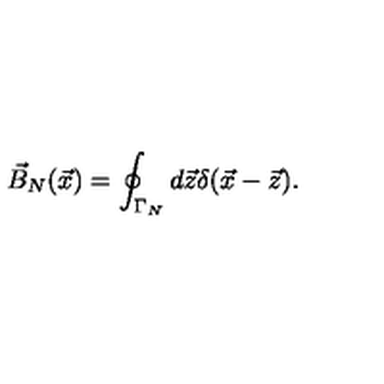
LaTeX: \vec { B } _ { N } ( \vec { x } ) = \oint _ { \Gamma _ { N } } d \vec { z } \delta ( \vec { x } - \vec { z } ) .